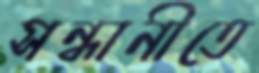
সন্ধানীতে